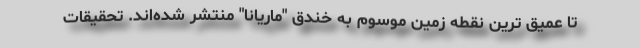
تا عمیق ترین نقطه زمین موسوم به خندق "ماریانا" منتشر شده‌اند. تحقیقات